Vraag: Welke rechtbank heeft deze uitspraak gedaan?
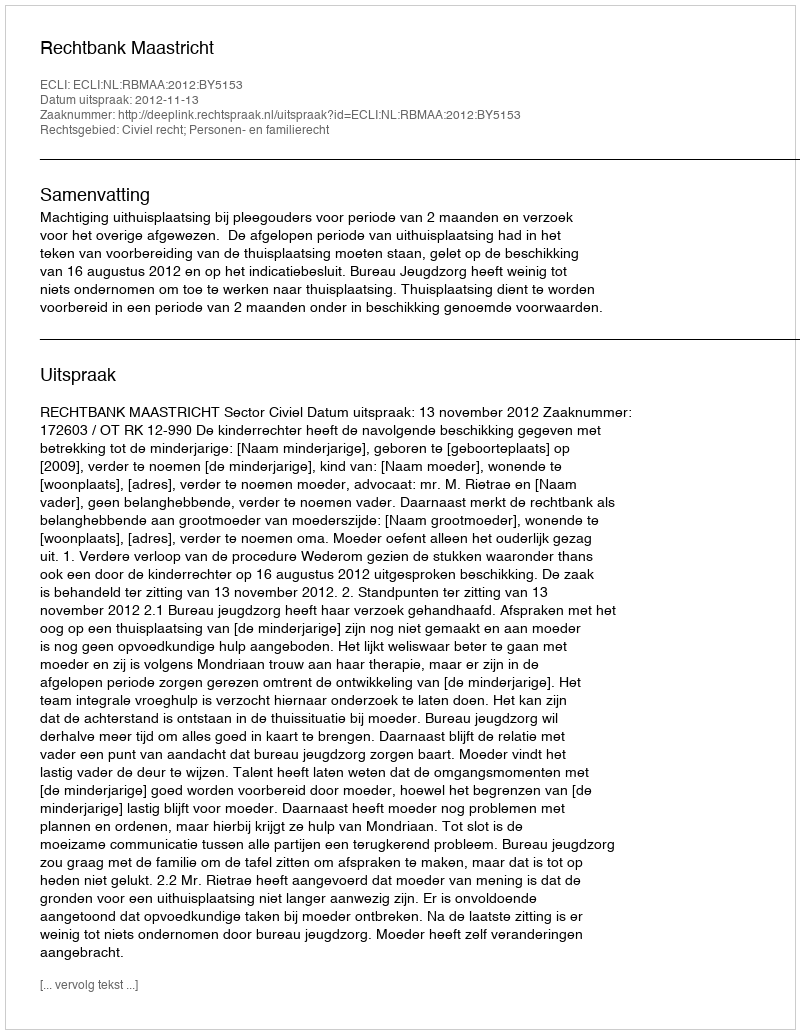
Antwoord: Rechtbank Maastricht